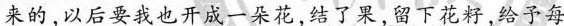
来的，以后要我也开成一朵花，结了果,留下花籽，给予每